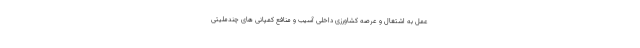
عمل به اشتغال و عرصه کشاورزی داخلی آسیب و منافع کمپانی های چندملیتی